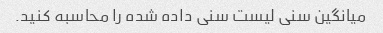
میانگین سنی لیست سنی داده شده را محاسبه کنید.